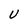
Character: U